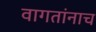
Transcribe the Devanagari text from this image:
वागतांनाच